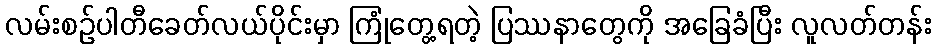
လမ်းစဉ်ပါတီခေတ်လယ်ပိုင်းမှာ ကြုံတွေ့ရတဲ့ ပြဿနာတွေကို အခြေခံပြီး လူလတ်တန်း